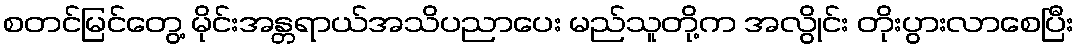
စတင်မြင်တွေ့ မိုင်းအန္တရာယ်အသိပညာပေး မည်သူတို့က အလွိုင်း တိုးပွားလာစေပြီး